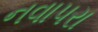
નવાપરા